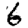
Digit: 6